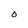
Character: 0